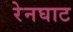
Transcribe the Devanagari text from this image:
रेनघाट